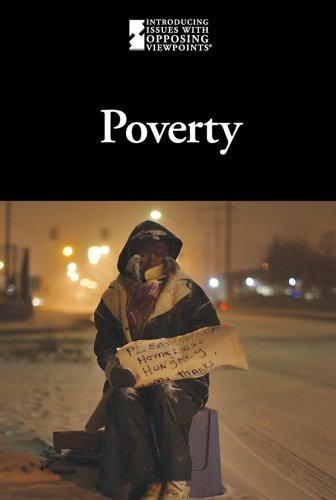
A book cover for Poverty (Introducing Issues with Opposing Viewpoints); Mike Wilson; Teen & Young Adult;